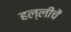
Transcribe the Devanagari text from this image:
हल्लीचें